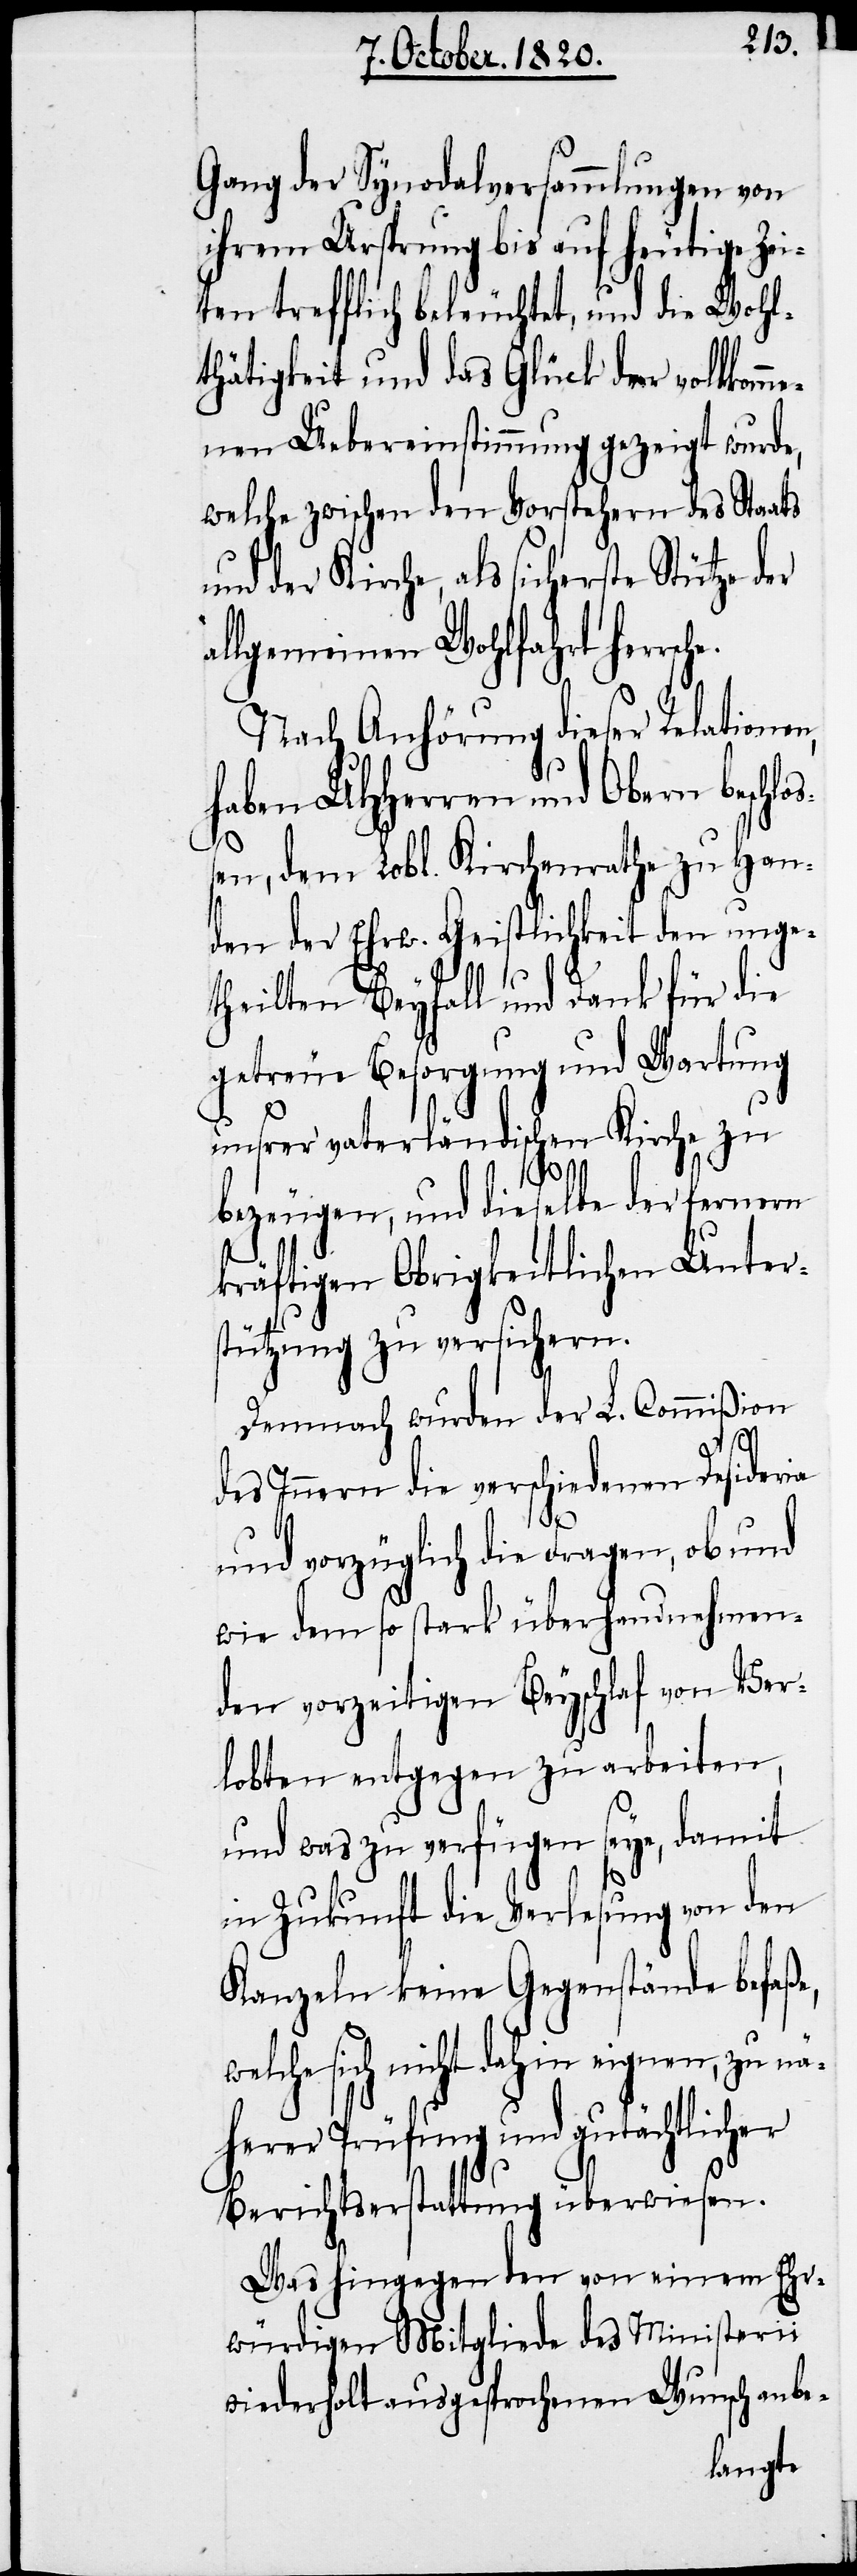
Gang der Synodalversammlungen von
ihrem Ursprung bis auf heutige Zei¬
ten trefflich beleuchtet, und die Wohl¬
thätigkeit und das Glück der vollkomm¬
enen Uebereinstimmung gezeigt wurde,
welche zwischen den Vorstehern des Staats
und der Kirche, als sicherste Stütze
llgemeinen Wohlfahrt herrs¬
Nach Anhörung dieser Relationen,
che.
haben UHHerren und Obern beschl¬
en, dem Lobl. Kirchenrathe zu Han¬
den der Ehrw. Geistlichkeit den unge¬
theilten Beyfall und Dank für die
getreue Besorgung und Wartung
unsrer vaterländischen Kirche zu
bezeugen, und dieselbe der fernern
kräftigen Obrigkeitlichen Unter¬
stützung zu versichern.
Demnach wurden der L. Commißion
oß¬
des Innern die verschiedenen Desideria
und vorzüglich die Fragen, ob und
wie dem so stark überhandnehmen¬
den vorzeitigen Beyschlaf von Ver¬
lobten entgegen zu arbeiten,
und was zu verfügen seye, damit
in Zukunft die Verlesung von den
Kanzeln keine Gegenstände befaße,
sich nicht dahin eignen, zu nä¬
herer Prüfung und gutächtlicher
Berichtserstattung überwiesen.
Was hingegen den von einem Ehr¬
würdigen Mitgliede des Ministerii
wiederholt ausgesprochenen Wunsch anbe-